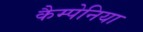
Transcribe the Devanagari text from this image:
कैम्पेनिया